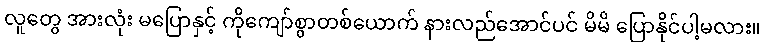
လူတွေ အားလုံး မပြောနှင့် ကိုကျော်စွာတစ်ယောက် နားလည်အောင်ပင် မိမိ ပြောနိုင်ပါ့မလား။